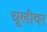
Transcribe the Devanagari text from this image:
चूलीवर